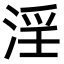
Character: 淫